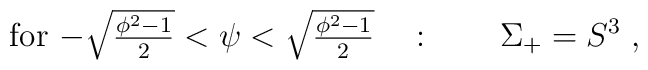
\mbox{for $-\sqrt{\phi^2-1\over2}<\psi < \sqrt{\phi^2-1\over 2}$}\quad : \qquad \Sigma_+ = S^3\; ,